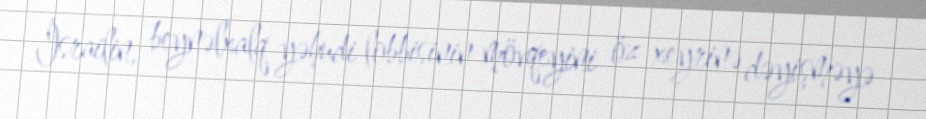
İsrailin, beynəlxalq yəhudi lobbisinin mövqeyini öz xeyrinə dəyişməyə